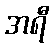
အရီ